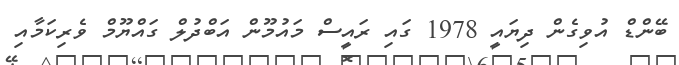
ބޭންޑް އުވިގެން ދިޔައީ 1978 ގައި ރައީސް މައުމޫން އަބްދުލް ގައްޔޫމް ވެރިކަމާއި